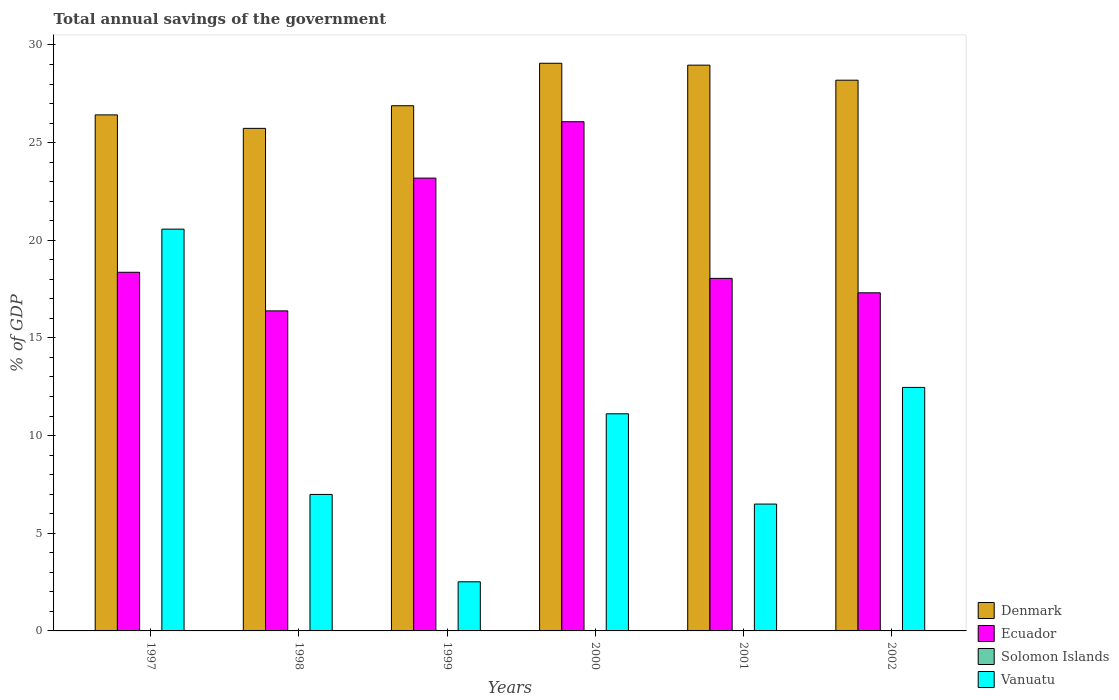
| Years | Denmark | Ecuador | Solomon Islands | Vanuatu |
 | --- | --- | --- | --- | --- |
 | 1997 | 26.4 | 18.4 | -19.3 | 20.6 |
 | 1998 | 25.7 | 16.4 | -9.73 | 6.99 |
 | 1999 | 26.9 | 23.2 | -0.223 | 2.52 |
 | 2000 | 29.1 | 26.1 | -7.91 | 11.1 |
 | 2001 | 29 | 18 | -12.6 | 6.49 |
 | 2002 | 28.2 | 17.3 | -5.23 | 12.5 |